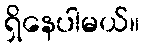
ရှိနေပါမယ်။